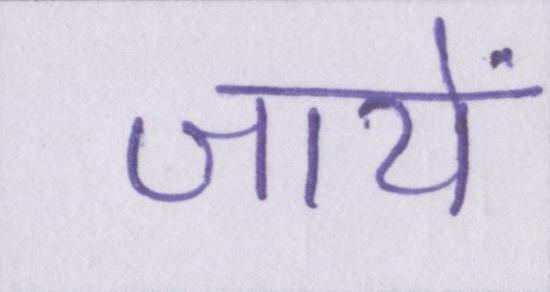
जायें